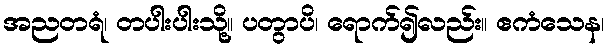
အညတရံ၊ တပါးပါးသို့။ ပတွာပိ၊ ရောက်၍လည်း။ ဧကံသေန၊